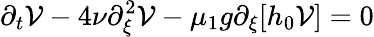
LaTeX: \partial_{t}\mathcal{V}-4\nu\partial_{\xi}^{2}\mathcal{V}-\mu_{1}g\partial_{\xi}[h_{0}\mathcal{V}]=0